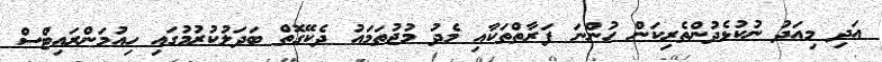
އަދި މިއަދު ނުކުޅެދުންތެރިކަން ހުންނަ ފަރާތްތަކާއި މެދު މުޖުތަމައު ދެކޭގޮތް ބަދަލުކުރުމުގައި ހިއުމަންރައިޓްސް